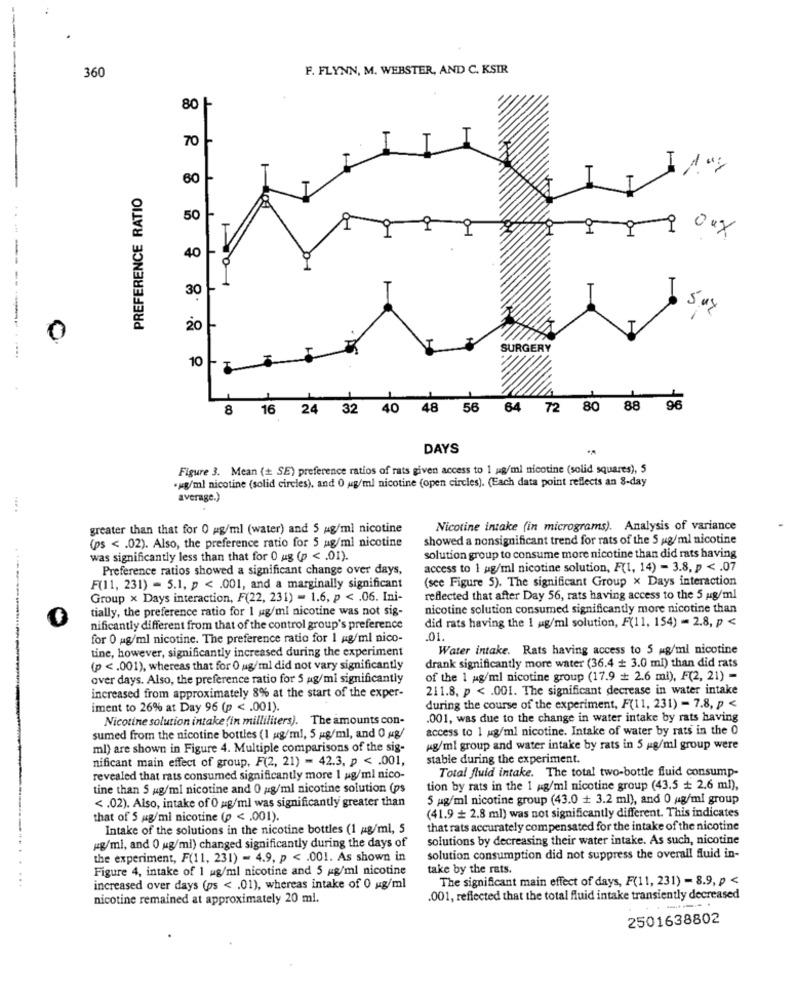
360
F. FLYNN, M. WEBSTER, AND C. KSIR
80 -
70
60
PREFERENCE RATIO
T
50
T
Oug
40
30 -
20
0
BURGER
10
8
16 24 32 40 48 56 64 72 80 88
96
DAYS
Figure 3. Mean (+ SE) preference ratios of rats given access to 1 g/ml nicotine (solid squares), 5
.wg/ml nicotine (solid circles), and 0 ug/ml nicotine (open circles). (Each data point reflects an 8-day
average.)
greater than that for 0 pg/ml (water) and 5 g/ml nicotine
Nicotine intake (in micrograms). Analysis of variance
(ps < . 02). Also, the preference ratio for 5 ag/ml nicotine
showed a nonsignificant trend for rats of the 5 g/ml nicotine
was significantly less than that for 0 ug (p < . 01).
solution group to consume more nicotine than did rats having
Preference ratios showed a significant change over days,
access to 1 ag/ml nicotine solution, F(1, 14) - 3.8, p < . 07
(see Figure 5). The significant Group x Days interaction
F(11, 231) = 5.1, p < . 001, and a marginally significant
Group x Days interaction, F(22, 231) = 1.6, p < . 06. Ini-
reflected that after Day 56, rats having access to the 5 g/ml
tially, the preference ratio for I ug/ml nicotine was not sig-
nicotine solution consumed significantly more nicotine than
0
did rats having the 1 ag/ml solution, F(11, 154) - 2.8, p <
nificantiy different from that of the control group's preference
for 0 mg/ml nicotine. The preference ratio for 1 g/ml nico-
.01.
tine, however, significantly increased during the experiment
Water intake. Rats having access to 5 mg/ml nicotine
(p <. 001), whereas that for 0 ag/ml did not vary significantly
drank significantly more water (36.4 + 3.0 ml) than did rats
over days. Also, the preference ratio for 5 ag/mi significantly
of the 1 g/ml nicotine group (17.9 # 2.6 mi), F(2, 21) -
211.8, p < . 001. The significant decrease in water intake
increased from approximately 8% at the start of the exper-
iment to 26% at Day 96 (p < . 001).
during the course of the experiment, F(11, 231) - 7.8, p <
Nicotine solution intake (in milliliters). The amounts con-
.001, was due to the change in water intake by rats having
access to 1 g/ml nicotine. Intake of water by rats in the 0
sumed from the nicotine bottles (1 ug/ml, 5 g/ml, and O ug/
ml) are shown in Figure 4. Multiple comparisons of the sig-
4g/ml group and water intake by rats in 5 g/ml group were
nificant main effect of group, F(2, 21) - 42.3, p < . 001,
stable during the experiment.
Total fluid intake. The total two-bottle fluid consump-
revealed that rats consumed significantly more 1 ug/ml nico-
tine than 5 mg/ml nicotine and 0 g/ml nicotine solution (ps
tion by rats in the 1 g/ml nicotine group (43.5 + 2.6 ml),
5 mg/ml nicotine group (43.0 + 3.2 ml), and 0 g/ml group
<. 02). Also, intake of 0 mg/ml was significantly greater than
that of 5 mg/ml nicotine (p < . 001).
(41.9 # 2.8 ml) was not significantly different. This indicates
Intake of the solutions in the nicotine bottles (1 ag/ml, 5
that rats accurately compensated for the intake of the nicotine
solutions by decreasing their water intake. As such, nicotine
pg/ml, and 0 ug/ml) changed significantly during the days of
the experiment, F(11, 231) = 4.9, p < . 001. As shown in
solution consumption did not suppress the overall fluid in-
Figure 4, intake of 1 ug/ml nicotine and 5 g/ml nicotine
take by the rats.
The significant main effect of days, F(11, 231) - 8.9, p <
increased over days (ps < . 01), whereas intake of 0 ug/ml
nicotine remained at approximately 20 ml.
.001, reflected that the total fluid intake transiently decreased
---.
2501638802